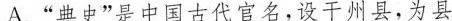
A.”典史”是中国古代官名，设干州县，为县